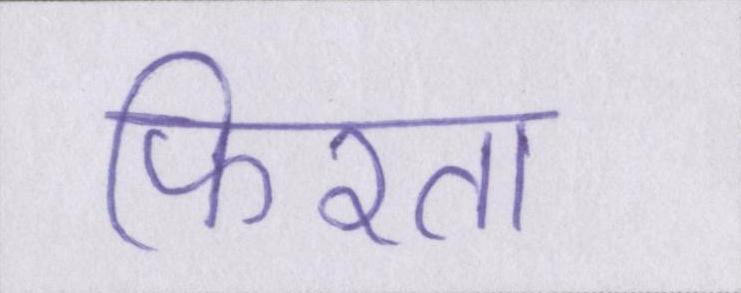
फिरता